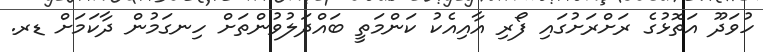
ހުވަދޫ އަތޮޅުގެ ރަށްރަށުގައި ފޯރި އާއިއެކު ކަންމަތީ ބައްދަލުވުންތަށް ހިނގަމުން ދާކަމަށް ޑރ.